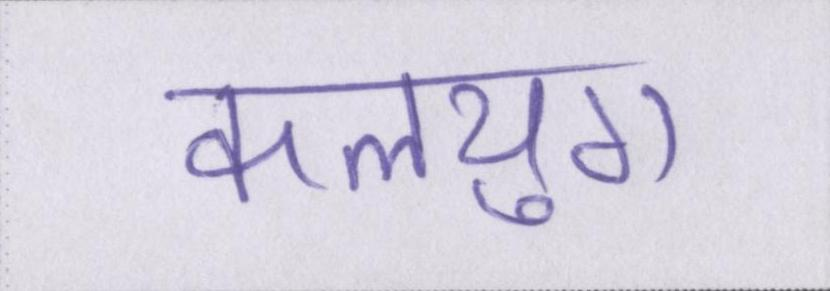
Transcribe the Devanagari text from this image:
कलयुग